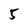
Character: 5